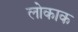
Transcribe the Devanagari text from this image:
लोकाक